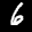
Label: 6